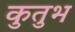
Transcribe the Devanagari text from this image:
कुतुभ